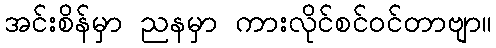
အင်းစိန်မှာ ညနမှာ ကားလိုင်စင်ဝင်တာဗျာ။